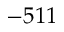
- 5 1 1